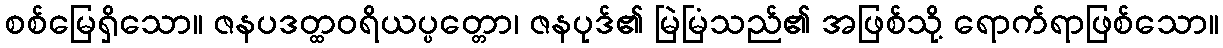
စစ်မြေရှိသော။ ဇနပဒတ္ထဝရိယပ္ပတ္တော၊ ဇနပုဒ်၏ မြဲမြံသည်၏ အဖြစ်သို့ ရောက်ရာဖြစ်သော။